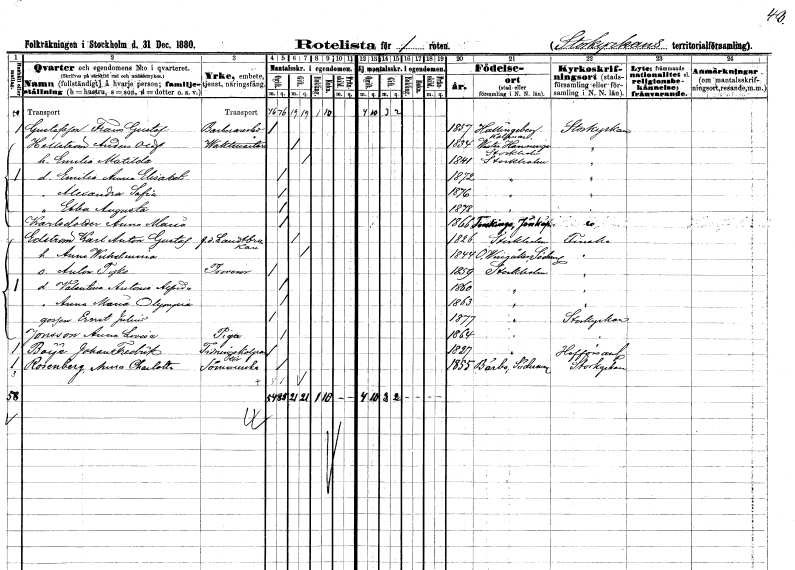
gt_parse: households: individuals: FN: Frans Gustaf
EN: Gustafsson
YRKE: Barberarebiträde
KON: M
CIV: O
FODAR: 1857
FODFORS: Hallingeberg Kalmar län
FN: Anders Olof
EN: Hellström
YRKE: Vaktmästare
KON: M
CIV: G
FODAR: 1834
FODFORS: Västerhaninge Stockholms län
FN: Emilia Matilda
KON: K
CIV: G
FODAR: 1841
FODFORS: Stockholm
FN: Emilia Anna Elisabet
KON: K
CIV: O
FODAR: 1872
FODFORS: Stockholm
FN: Alexandra Sofia
KON: K
CIV: O
FODAR: 1876
FODFORS: Stockholm
FN: Ebba Augusta
KON: K
CIV: O
FODAR: 1878
FODFORS: Stockholm
FN: Anna Maria
EN: Karlsdotter
KON: K
CIV: O
FODAR: 1866
FODFORS: Torskinge Jönköpings län
FN: Karl Anton Gustaf
EN: Edström
YRKE: Lantbrukare f.d.
KON: M
CIV: G
FODAR: 1826
FODFORS: Stockholm
FN: Anna Wilhelmina
KON: K
CIV: G
FODAR: 1844
FODFORS: Östra Vingåker Södermanlands län
FN: Anton Tyko
YRKE: Provisor
KON: M
CIV: O
FODAR: 1859
FODFORS: Stockholm
FN: Valentina Antonia Alfrida
KON: K
CIV: O
FODAR: 1860
FODFORS: Stockholm
FN: Anna Maria Olympia
KON: K
CIV: O
FODAR: 1863
FODFORS: Stockholm
FN: Ernst Julius
KON: M
CIV: O
FODAR: 1877
FODFORS: Stockholm
FN: Anna Lovisa
EN: Jonsson
YRKE: Piga
KON: K
CIV: O
FODAR: 1864
FODFORS: Stockholm
FN: Johan Fredrik
EN: Boije
YRKE: Tidningskolportör
KON: M
CIV: O
FODAR: 1827
FODFORS: Stockholm
FN: Anna Charlotta
EN: Rosenberg
YRKE: Sömmerska
KON: K
CIV: O
FODAR: 1855
FODFORS: Bärbo Södermanlands län